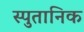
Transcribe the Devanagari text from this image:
स्पुतानिक